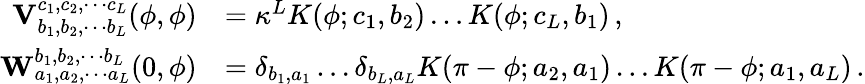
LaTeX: \begin{array}{rl}{\mathbf{V}_{b_{1},b_{2},\cdots b_{L}}^{c_{1},c_{2},\cdots c_{L}}(\phi,\phi)}&{=\kappa^{L}K(\phi;c_{1},b_{2})\ldots K(\phi;c_{L},b_{1})\, ,}\\ {\mathbf{W}_{a_{1},a_{2},\cdots a_{L}}^{b_{1},b_{2},\cdots b_{L}}(0,\phi)}&{=\delta_{b_{1},a_{1}}\ldots\delta_{b_{L},a_{L}}K(\pi-\phi;a_{2},a_{1})\ldots K(\pi-\phi;a_{1},a_{L})\, .}\end{array}